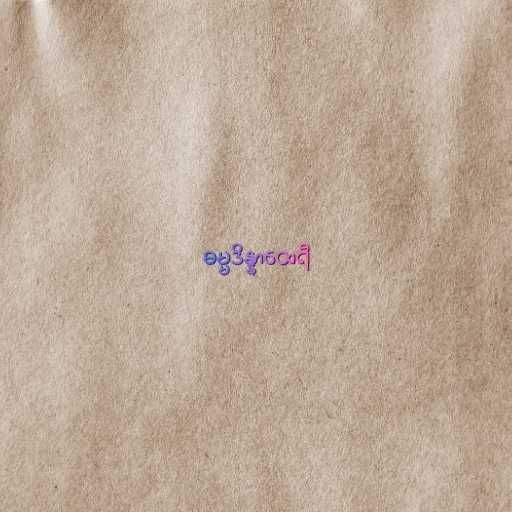
ဓမ္မဒိန္နာထေရီ